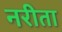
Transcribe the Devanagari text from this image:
नरीता